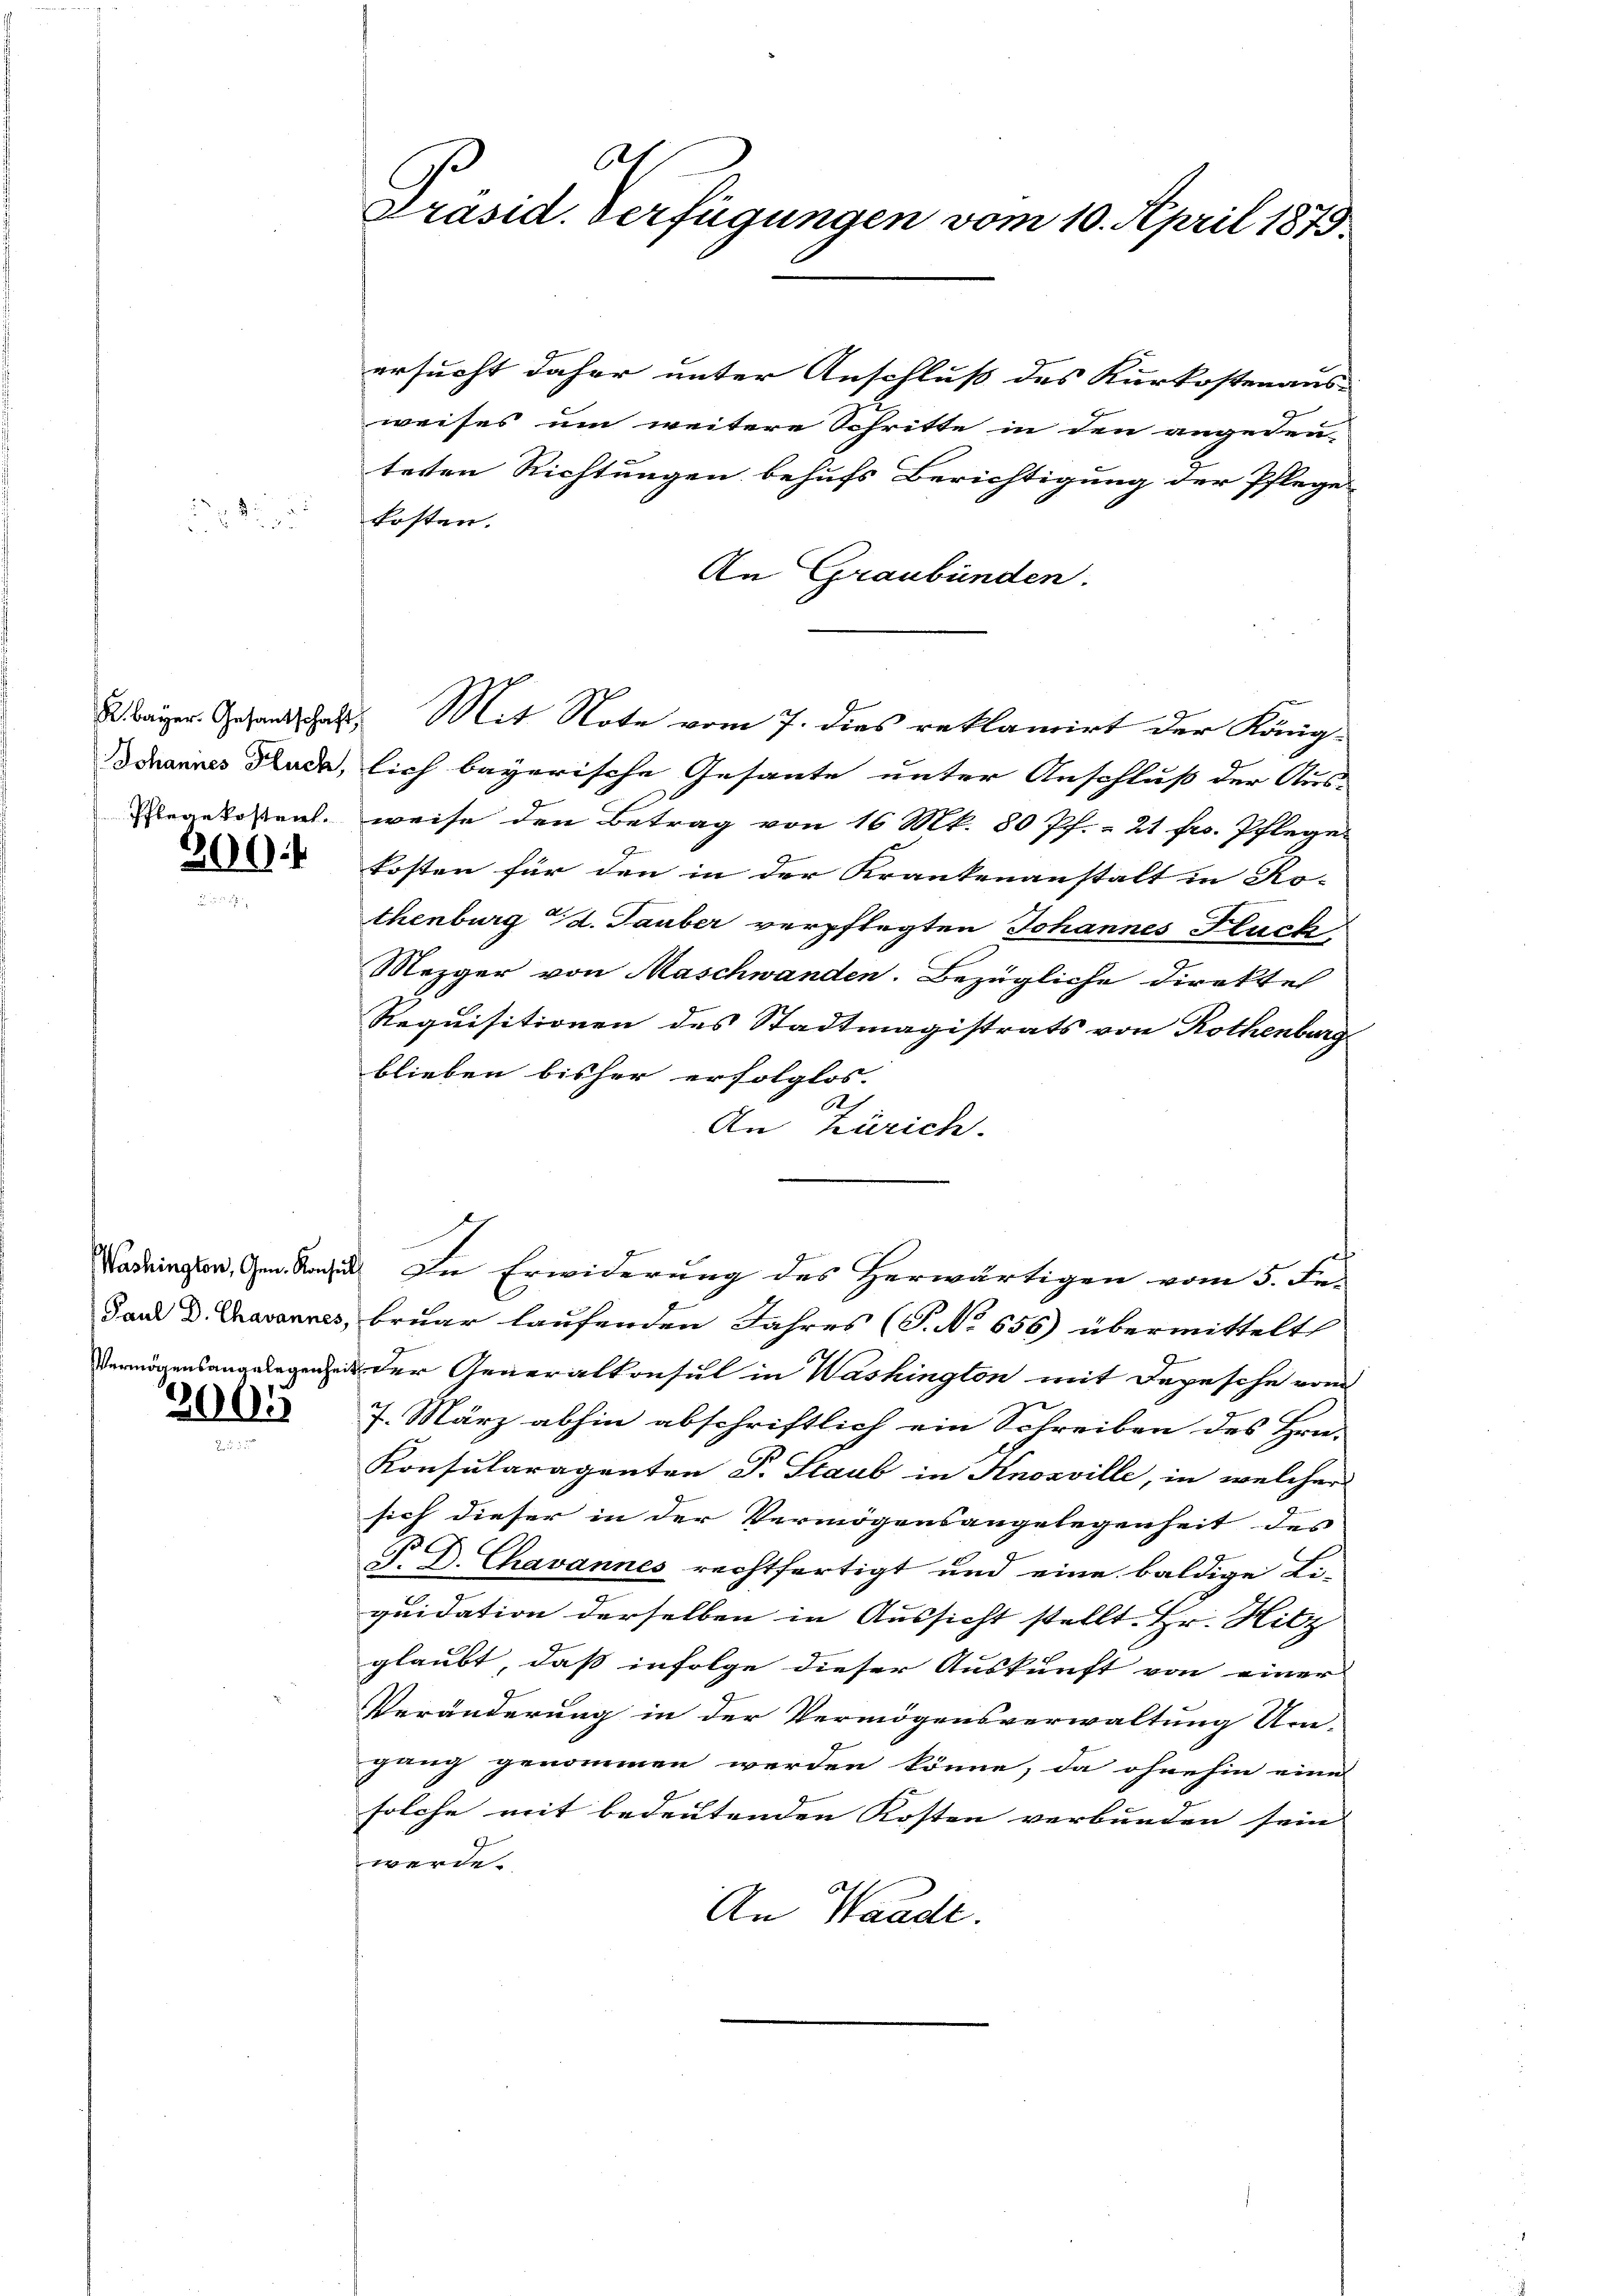
200.

Paul D. Chavannes,

2005

Ah
Präsid. Verfügungen vom 10. April 1878

ersucht daher unter Anschluß des Kurkostenaus-
weises um weitere Schritte in den angedeu-
teten Richtungen behufs Berichtigung der Pflege-
kosten.
An Graubünden.
2 Bayer. Gesandtschaft. Mit Note vom 7. dies reklamirt der König¬
Bohannes Rade, lich bayerische Gesante unter Anschluß der Aus-
Regelesen, weise den Betrag von 16 Mk. 80 Pf. - 21 fr. Pfleger
kosten für den in der Krankenanstalt in Ro-
thenburg d. Tauber verpflegten Johannes Fluch
Mezger von Maschwanden. Bezügliche Direkte
Requisitionen des Stadtmagistrats von Rothenburg
blieben bisher erfolglos.
Ah
An Zürich.
Washingen, Gen. Rud. In Erwiderung des Herwärtigen vom 5. Au-
bruar laufenden Jahres (T. No 656) übermittelt
Vermögensangelegenen der Generalkonsul in Washington mit Depesche vom
7. März abhin abschriftlich ein Schreiben des Hrn.
Konsularagenten P. Staub in Knosville, in welcher
sich dieser in der Vermögensangelegenheit des
P. P. Chavannes rechtfertigt und eine baldige Li-
quidation derselben in Aussicht stellt. Hr. Hitz
glaubt, daß infolge dieser Auskunft von einer
Veränderung in der Vermögensverwaltung Um-
gang genommen werden könne, da ohnehin eine
solche mit bedeutenden Kosten verbunden sein
werde.
An Waadt.